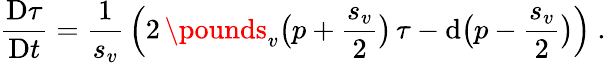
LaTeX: \frac{\mathrm{D}\tau}{\mathrm{D}t}=\frac 1{s_{v}}\, \Big(2\, \pounds_{v}\big(p+\frac{s_{v}}{2}\big)\, \tau-\mathrm{d}\big(p-\frac{s_{v}}{2}\big)\Big)\ .